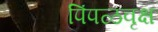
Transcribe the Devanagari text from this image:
पिंपळवृक्ष